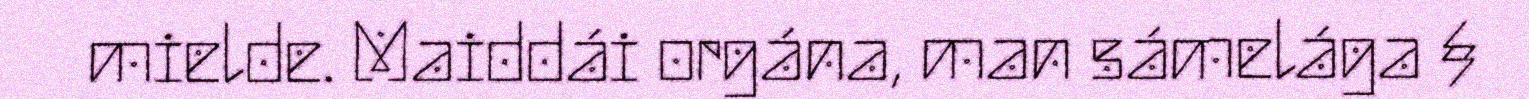
mielde. Maiddái orgána, man sámelága §